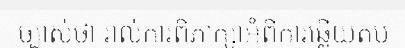
ច្បាស់ថា រាល់ការពិភាក្សាអំពីការឆ្លើយតប